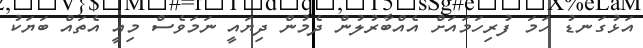
އަޅުގަނޑު ހަމަ ފުރިހަމައަށް އެއްބާރުލުން ދެމުން ދިޔައީ ނަމަވެސް މިއީ އެތައް ބަޔަކު